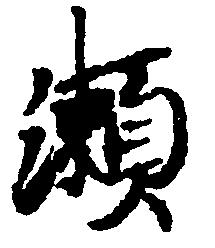
瀬